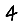
Digit: 4